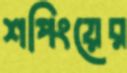
শপিংয়ের